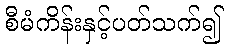
စီမံကိန်းနှင့်ပတ်သက်၍